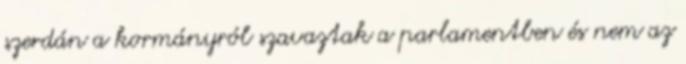
szerdán a kormányról szavaztak a parlamentben és nem az